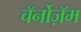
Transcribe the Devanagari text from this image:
चॅर्नोज़ॅम